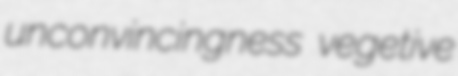
unconvincingness vegetive